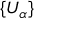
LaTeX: \{ U _ { \alpha } \}